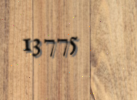
13775